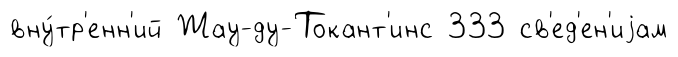
вну́тр'енн'ий Жау-ду-Токант'инс 333 св'ед'ен'иjам